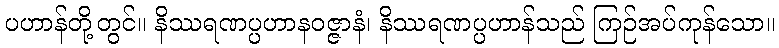
ပဟာန်တို့တွင်။ နိဿရဏပ္ပဟာနဝဇ္ဇာနံ၊ နိဿရဏပ္ပဟာန်သည် ကြဉ်အပ်ကုန်သော။